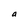
Character: a